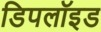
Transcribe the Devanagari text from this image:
डिपलॉइड